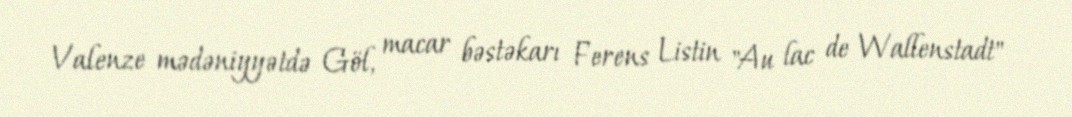
Valenze mədəniyyətdə Göl, macar bəstəkarı Ferens Listin "Au lac de Wallenstadt"